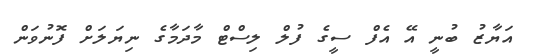
އަޔާޒު ބުނީ އޭ އެފް ސީގެ ފުލް ލިސްޓް މާދަމާގެ ނިޔަލަށް ފޮނުވަން